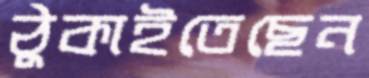
ঠুকাইতেছেন